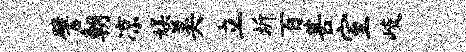
譬朝凉娱美立圻百甚室岐